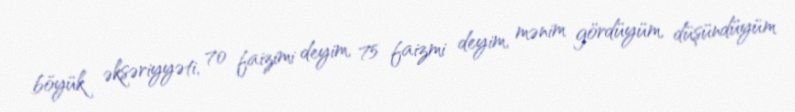
böyük əksəriyyəti, 70 faizimi deyim, 75 faizmi deyim, mənim gördüyüm, düşündüyüm